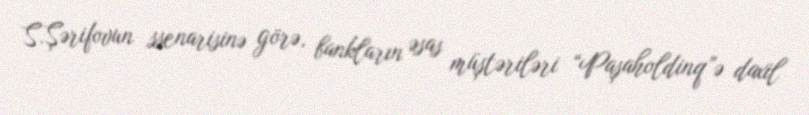
S.Şərifovun ssenarisinə görə, bankların əsas müştəriləri “Paşaholdinq”ə daxil